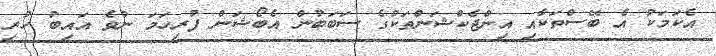
އެކަމަކު އެ ބޭސްތަކާއި އިންޖެކްޝަންތަކުގެ ސަބަބުން އެބޯޝަން ފުރިހަމަ ނުވެ އައިބު ހުރި